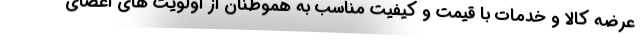
عرضه کالا و خدمات با قیمت و کیفیت مناسب به هموطنان از اولویت های اعضای